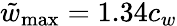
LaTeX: \tilde{w}_{\mathrm{max}}=1.34c_{w}